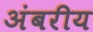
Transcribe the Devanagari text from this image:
अंबरीय